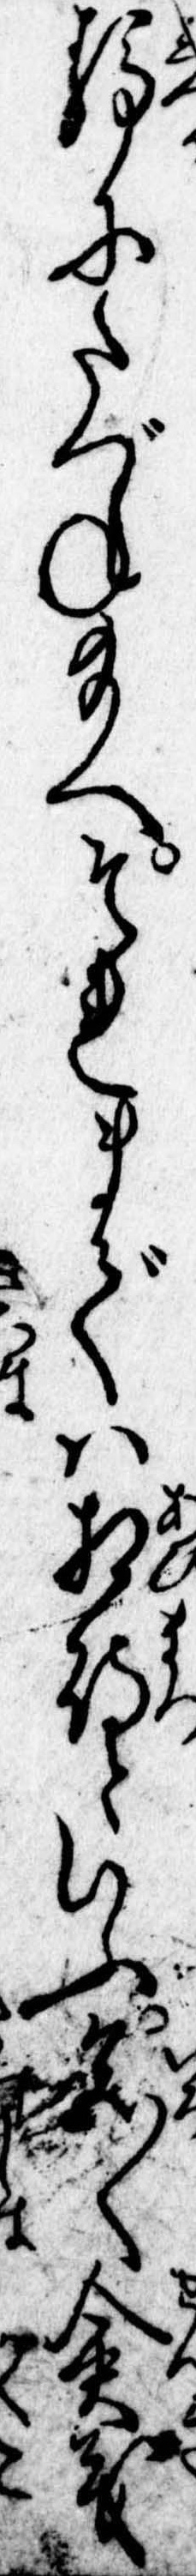
静にたづね給へそれまでは相待といふ色〱僉義